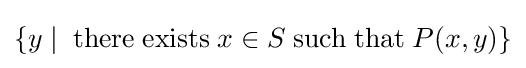
\{y\mid \;\mathrm {there} \;\mathrm {exists} \;x\in S\;\mathrm {such} \;\mathrm {that} \;P(x,y)\}